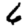
Digit: 6